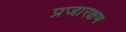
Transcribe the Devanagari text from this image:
प्रजारक्षण